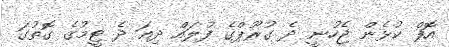
އޮފް ކުޅެން ޖެހުނީ ދެ ގުރޫޕްގެ ފުލައް ދިއަ ދެ ޓީމުގެ ގޮތުގަ